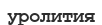
уролития